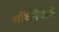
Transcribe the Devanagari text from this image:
बाँधनेवाले